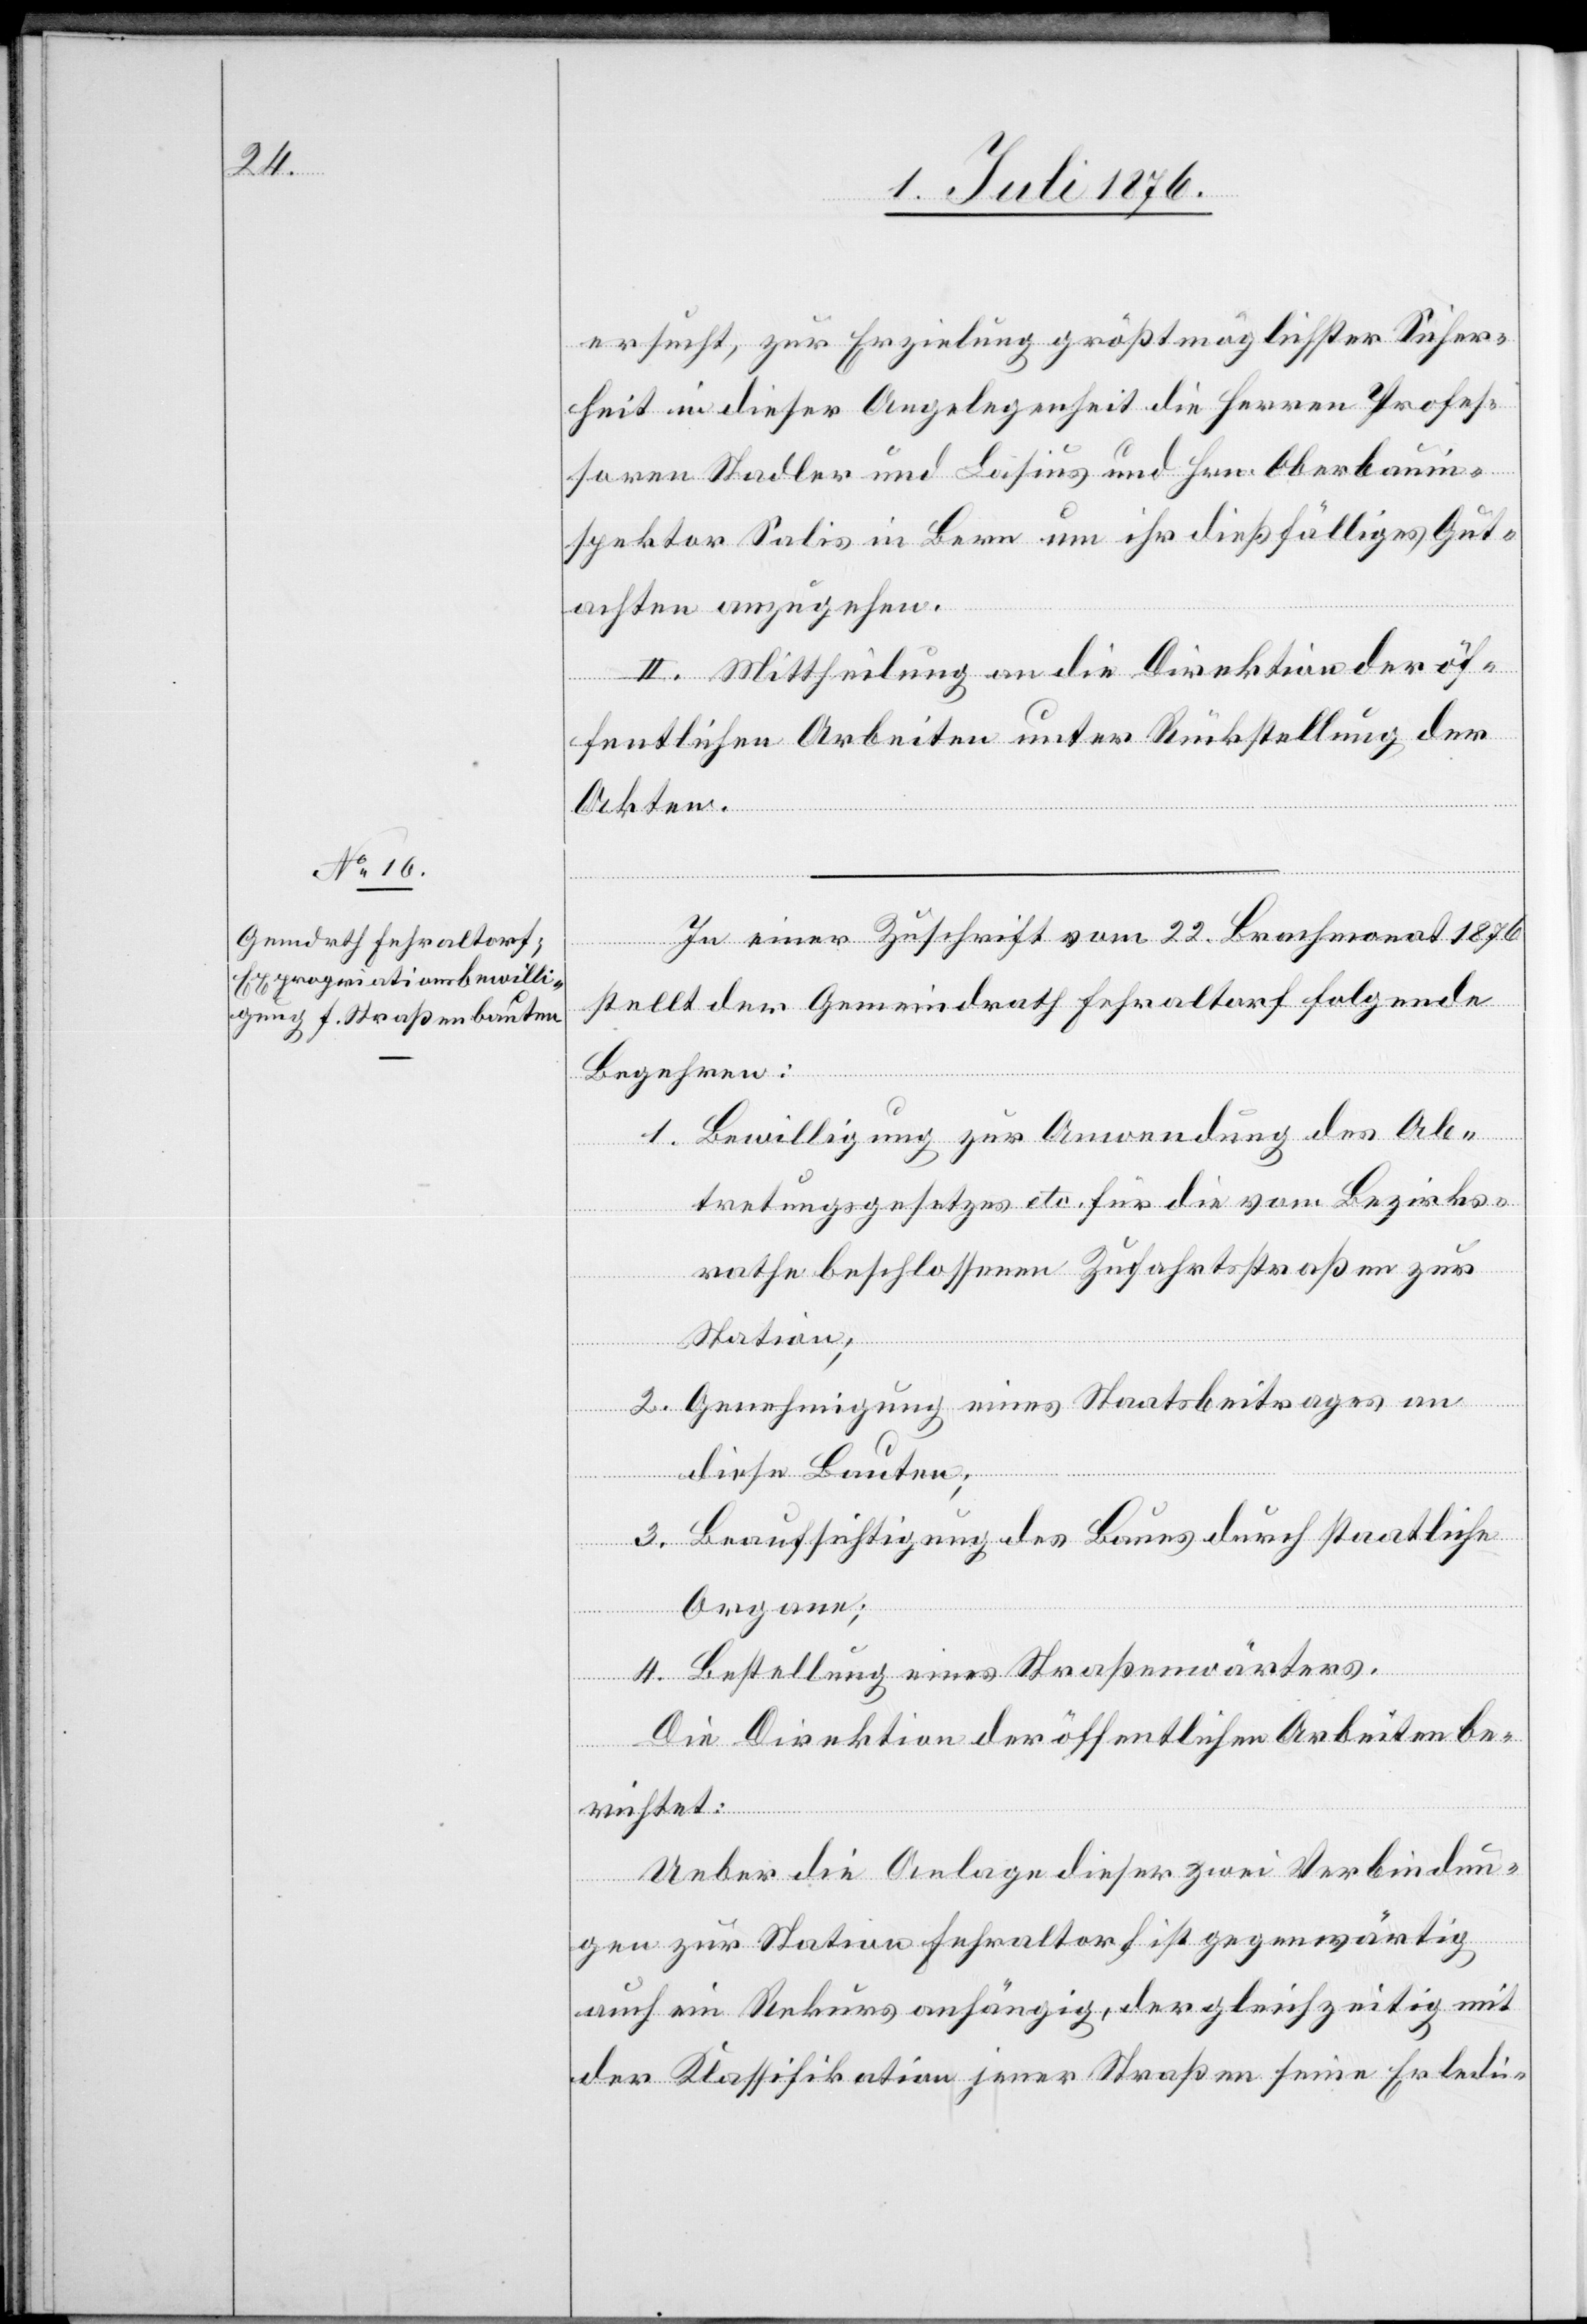
ersucht, zur Erzielung größtmöglichster Sicher¬
heit in dieser Angelegenheit die Herren Profes¬
soren Stadler und Lasius und Hrn. Oberbauin¬
spektor Salis in Bern um ihr dießfälliges Gut¬
achten anzugehen.
II. Mittheilung an die Direktion der öf¬
fentlichen Arbeiten unter Rückstellung der
Akten.
In einer Zuschrift vom 22. Brachmonat 1876
stellt der Gemeindrath Fehraltorf folgende
Begehren:
1. Bewilligung zur Anwendung des Ab¬
tretungsgesetzes etc. für die vom Bezirks¬
rathe beschlossenen Zufahrtsstraßen zur
Station;
2. Genehmigung eines Staatsbeitrages an
diese Bauten;
3. Beaufsichtigung des Baues durch staatliche
Organe;
4. Bestellung eines Straßenwärters.
Die Direktion der öffentlichen Arbeiten be¬
richtet:
Ueber die Anlage dieser zwei Verbindun¬
gen zur Station Fehraltorf ist gegenwärtig
auch ein Rekurs anhängig, der gleichzeitig mit
der Klassifikation jener Straßen seine Erledi-